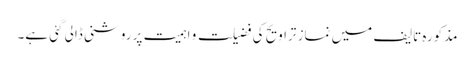
مذکورہ تالیف میں نمازِ تراویح کی فضیلت و اہمیت پر روشنی ڈالی گئی ہے۔